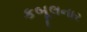
કબૂલનાર